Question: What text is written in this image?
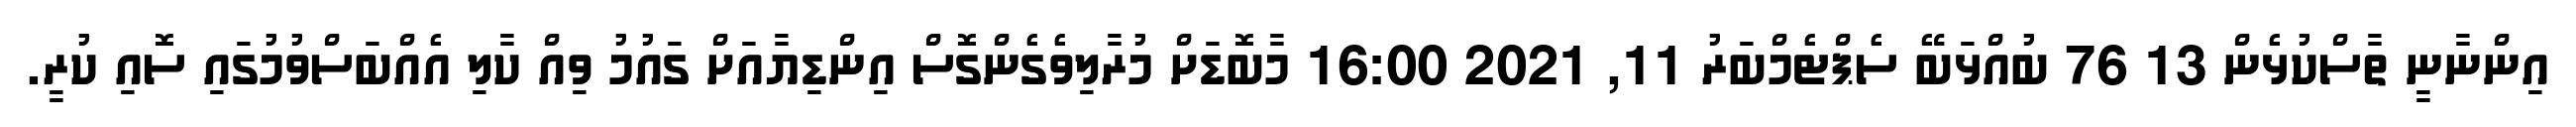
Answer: އިންނާނީ ތާސްކުޅެން 13 76 ބުއްޅަބޭ ސެޕްޓެމްބަރު 11, 2021 16:00 މާބޮޑަށް މުރާލިވެގެންގޮސް އިންޑިޔާއަށް ގައުމު ވިއް ކާލި އެއްބަސްވުމުގައި ސޮއި ކުރީ.